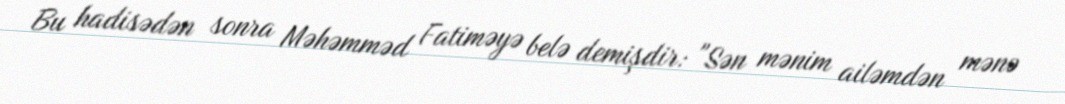
Bu hadisədən sonra Məhəmməd Fatiməyə belə demişdir: "Sən mənim ailəmdən mənə